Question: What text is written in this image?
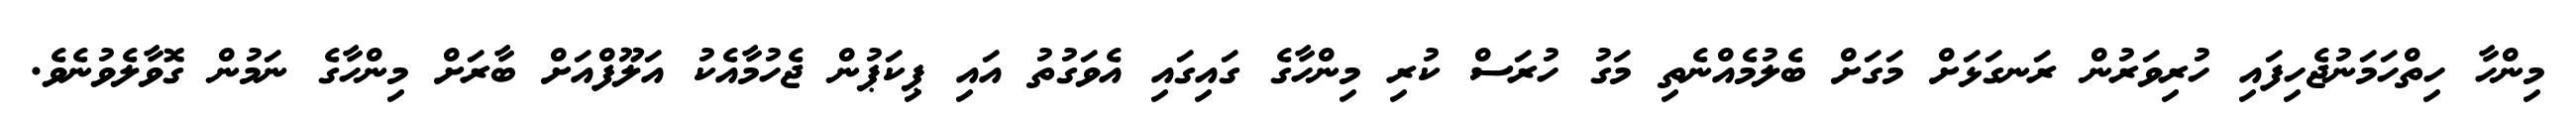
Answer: މިންހާ ހިތްހަމަނުޖެހިފައި ހުރިވަރުން ރަނގަޅަށް މަގަށް ބެލުމެއްނެތި މަގު ހުރަސް ކުރި މިންހާގެ ގައިގައި އެވަގުތު އައި ޕިކަޕުން ޖެހުމާއެކު އަލޫފްއަށް ބާރަށް މިންހާގެ ނަމުން ގޮވާލެވުނެވެ.